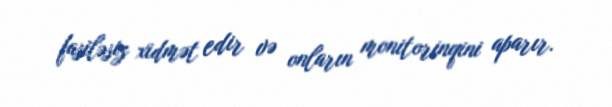
fasiləsiz xidmət edir və onların monitorinqini aparır.